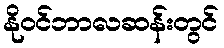
နိုဝင်ဘာလဆန်းတွင်